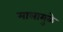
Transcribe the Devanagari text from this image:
मालामुळे